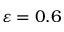
\varepsilon = 0 . 6